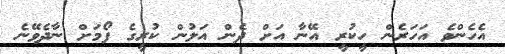
އެހެންވެ އަހަރެން ހީކުރީ އޭނާ އަށް ދެން އަލުން ކުރީގެ ފޯމަށް ނާދެވޭނެ